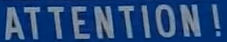
ATTENTION!